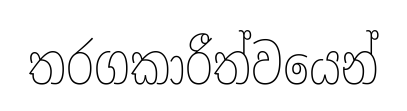
තරගකාරීත්වයෙන්